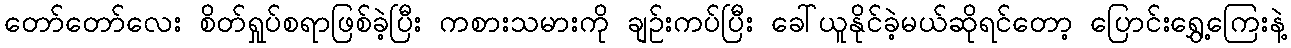
တော်တော်လေး စိတ်ရှုပ်စရာဖြစ်ခဲ့ပြီး ကစားသမားကို ချဉ်းကပ်ပြီး ခေါ်ယူနိုင်ခဲ့မယ်ဆိုရင်တော့ ပြောင်းရွှေ့ကြေးနဲ့